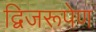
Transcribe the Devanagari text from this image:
द्विजरूपेण